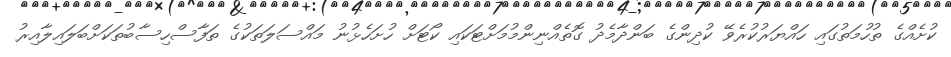
ކުށެއްގެ ތުހުމަތުގައި ހައްޔަރުކުރެވޭ ކުދިންގެ ބަންދާމެދު ގޮތެއްނިންމުމަށްޓަކައި ކޯޓަށް ހުށަހެޅުނު މައްސަލަތަކުގެ ތަފާސްހިސާބުތަކަށްބަލައިލާއިރު